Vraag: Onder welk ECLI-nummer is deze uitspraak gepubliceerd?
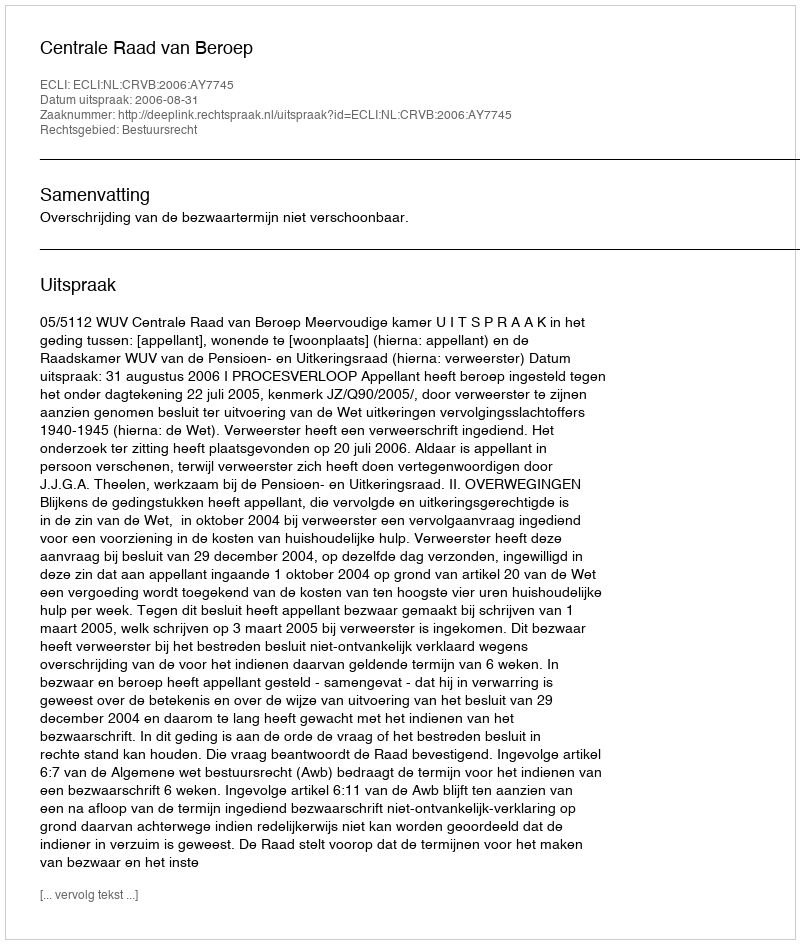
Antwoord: ECLI:NL:CRVB:2006:AY7745